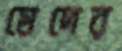
মেদের